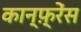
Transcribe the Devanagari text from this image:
कान्फ़्रेंस